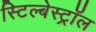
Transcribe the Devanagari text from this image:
स्टिल्बेस्ट्रॉल